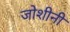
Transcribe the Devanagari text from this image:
जोशीनी